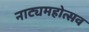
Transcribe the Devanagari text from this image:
नाट्यमहोत्सव